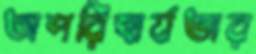
অপরিহার্যতার